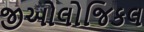
જીઓલોજિકલ